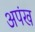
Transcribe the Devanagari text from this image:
अपंख